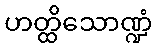
ဟတ္ထိသောဏ္ဍံ